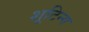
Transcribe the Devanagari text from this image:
शूटिन्ग